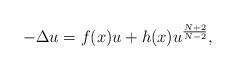
LaTeX: \begin{align*}-\Delta u= f(x) u+ h(x) u^{\frac{N+2}{N-2}},\end{align*}